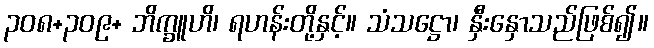
၃၀၈+၃၀၉+ ဘိက္ခူဟိ၊ ရဟန်းတို့နှင့်။ သံသဋ္ဌော၊ နှီးနှောသည်ဖြစ်၍။